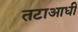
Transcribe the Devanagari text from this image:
तटाआधी